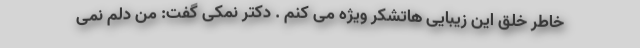
خاطر خلق این زیبایی هاتشکر ویژه می کنم . دکتر نمکی گفت: من دلم نمی